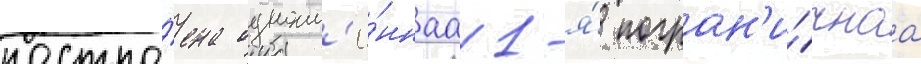
постро́ена одноим'ё́ннаа 1-я́ погран'и́чнаа